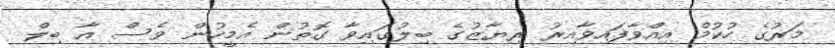
މަރުގެ ހުކުމް އިއްވާފައިވާއިރު ރިޔާޒުގެ ބިލުގައިވާ ގޮތުން އެމީހުން ވެސް އާ ބިލް